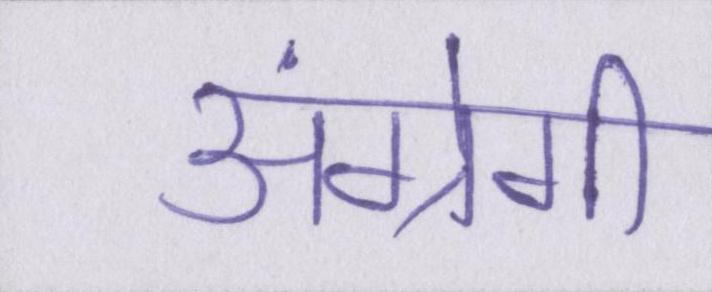
अंग्रेगी